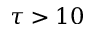
\tau > 1 0